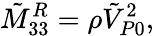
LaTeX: \tilde{M}_{33}^{R}=\rho\tilde{V}_{P0}^{2},